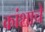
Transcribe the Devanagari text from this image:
कांशाचे